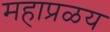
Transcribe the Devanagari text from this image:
महाप्रळय